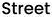
Street